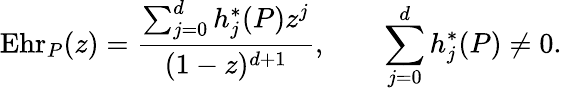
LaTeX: \operatorname{Ehr}_{P}(z)={\frac{\sum_{j=0}^{d}h_{j}^{\ast}(P)z^{j}}{(1-z)^{d+1}}},\qquad\sum_{j=0}^{d}h_{j}^{\ast}(P)\neq 0.